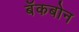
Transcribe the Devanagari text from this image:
बॅकबोन